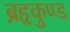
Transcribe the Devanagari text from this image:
ब्रहृकुण्ड